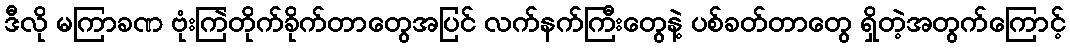
ဒီလို မကြာခဏ ဗုံးကြဲတိုက်ခိုက်တာတွေအပြင် လက်နက်ကြီးတွေနဲ့ ပစ်ခတ်တာတွေ ရှိတဲ့အတွက်ကြောင့်